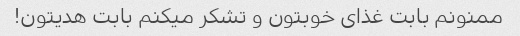
ممنونم بابت غذای خوبتون و تشکر میکنم بابت هدیتون!